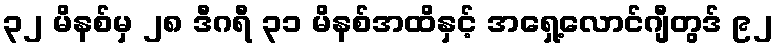
၃၂ မိနစ်မှ ၂၈ ဒီဂရီ ၃၁ မိနစ်အထိနှင့် အရှေ့လောင်ဂျီတွဒ် ၉၂